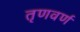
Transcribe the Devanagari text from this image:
तृणवर्ण